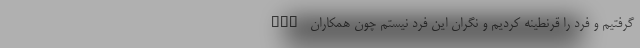
pcr گرفتیم و فرد را قرنطینه کردیم و نگران این فرد نیستم چون همکاران